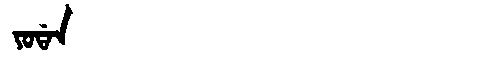
Manchu: ᠶᠣᡩᠠᠨ
Romanization: YODAN